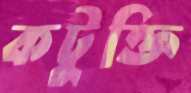
কটুক্তি